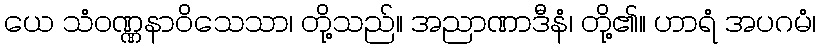
ယေ သံဝဏ္ဏနာဝိသေသာ၊ တို့သည်။ အညာဏာဒီနံ၊ တို့၏။ ဟာရံ အပဂမံ၊